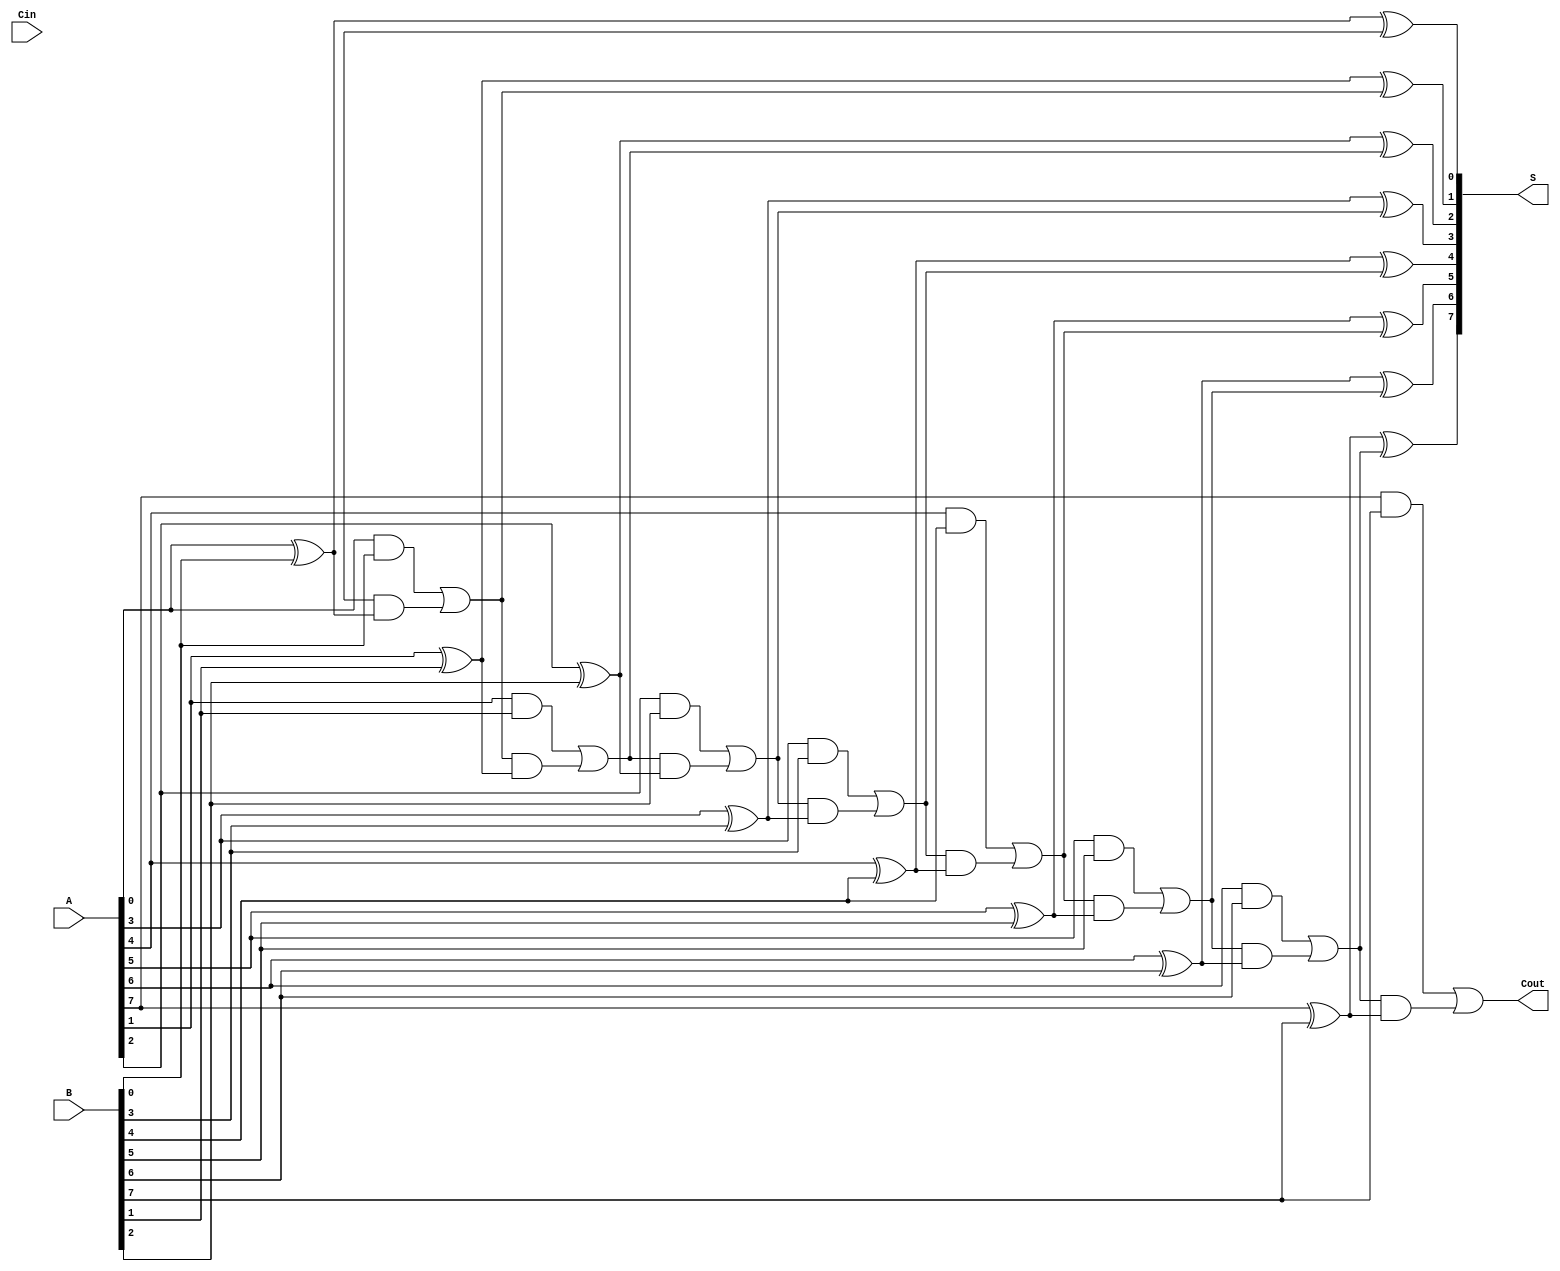
module PrecomputationCarryAdder #(
    parameter n = 8 // Bit-width of the inputs
)(
    input [n-1:0] A,   // First n-bit input
    input [n-1:0] B,   // Second n-bit input
    input Cin,         // Carry-in
    output [n-1:0] S,  // n-bit sum output
    output Cout        // Carry-out
);

    // Internal signals for carry generation
    wire [n:0] C; // Carry signals, C[0] = Cin, C[n] = Cout

    // Precompute carry values
    genvar i;
    generate
        for (i = 0; i < n; i = i + 1) begin : carry_gen
            // Carry generation logic
            assign C[i+1] = (A[i] & B[i]) | (C[i] & (A[i] ^ B[i]));
        end
    endgenerate

    // Sum calculation
    generate
        for (i = 0; i < n; i = i + 1) begin : sum_calc
            assign S[i] = A[i] ^ B[i] ^ C[i];
        end
    endgenerate

    // Final carry-out
    assign Cout = C[n];

endmodule